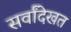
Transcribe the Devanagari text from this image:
सर्वांदेखत